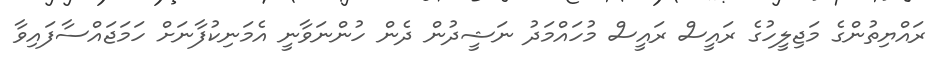
ރައްޔިތުންގެ މަޖިލީހުގެ ރައީސް ރައީސް މުހައްމަދު ނަޝީދުން ދެން ހުންނަވާނީ އެމަނިކުފާނަށް ހަމަޖައްސާފައިވާ